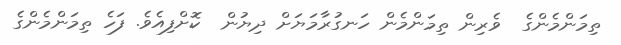
ތިމަންމެންގެ  ވެރިން ތިމަންމެން ހަނގުރާމަޔަށް ދިޔުން  ކޮށްފިއެވެ. ފަހެ ތިމަންމެންގެ